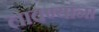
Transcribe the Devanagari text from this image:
लावण्यांना